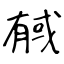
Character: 戫